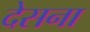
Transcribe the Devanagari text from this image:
देसना